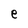
Character: e